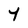
Character: Y